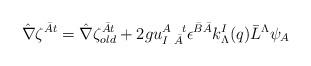
LaTeX: \begin{align*}\hat \nabla \zeta^{\bar A t}= \hat \nabla \zeta^{\bar A t}_{old}+2g u^{A~~t}_{I~\bar A} \epsilon^{\bar B \bar A}k^I_\Lambda (q){\bar L}^\Lambda\psi_A\end{align*}